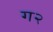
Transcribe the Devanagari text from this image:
ग२